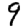
Digit: 9